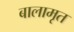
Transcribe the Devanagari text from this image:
बालामृत